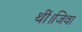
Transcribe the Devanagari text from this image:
थीं।जिवा